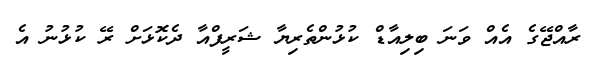
ރާއްޖޭގެ އެއް ވަނަ ބިލިއާޑް ކުޅުންތެރިޔާ ޝަރީފްއާ ދެކޮޅަށް ރޭ ކުޅުނު އެ